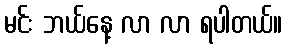
မင်း ဘယ်နေ့ လာ လာ ရပါတယ်။